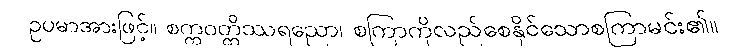
ဥပမာအားဖြင့်။ စက္ကဝတ္တိဿရညော၊ စကြာကိုလည်စေနိုင်သောစကြာမင်း၏။